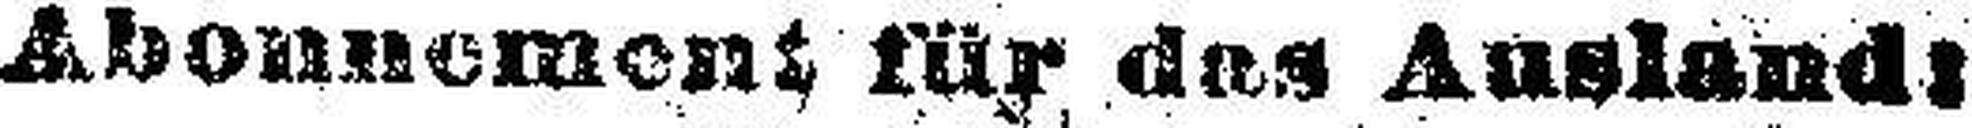
Abonnement für das Ausland: